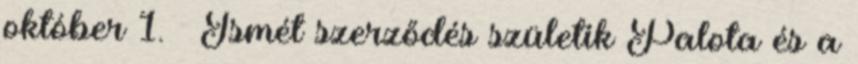
október 1. – Ismét szerződés születik Palota és a